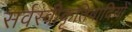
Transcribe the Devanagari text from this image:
सर्वस्वीकृतिवादियों